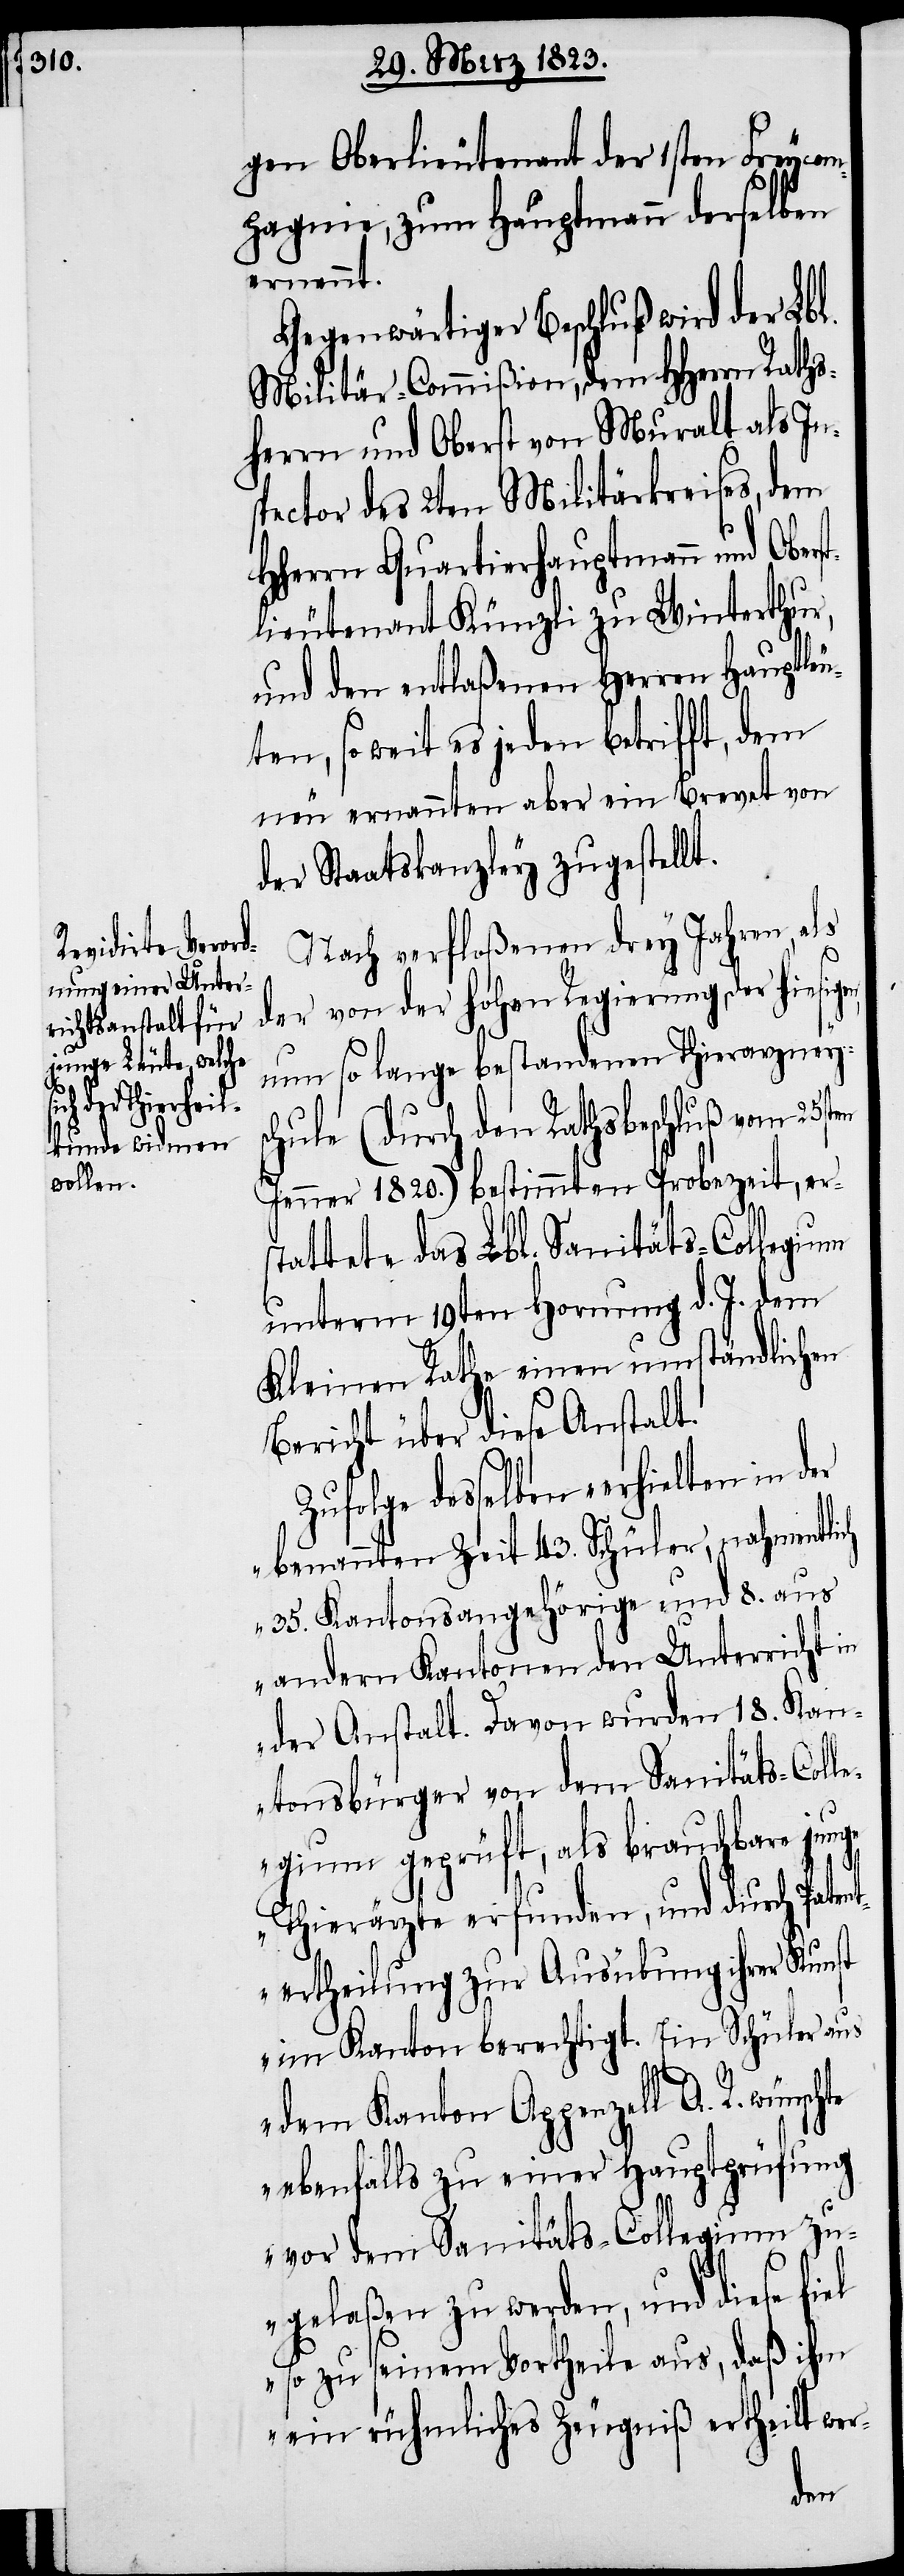
gen Oberlieutenant der 1sten Freycom¬
pagnie, zum Hauptmann derselben
ernennt.
Gegenwärtiger Beschluß wird der Lbl.
Militär-Commißion, dem HHerrn Raths¬
herrn und Oberst von Muralt als In¬
spector des 2ten Militärkreises, dem
Hherrn Quartierhauptmann und Ober¬
lieutenant Künzli zu Winterthur,
und den entlaßenen Herren Hauptleu¬
ten, so weit es jeden betrifft, dem
neu ernannten aber ein Brevet von
der Staatskanzley zugestellt.
Nach verfloßenen drey Jahren als
der von der hohen Regierung, der hiesig¬
um so lange bestandenen Thierarzneys¬
chule (durch den Rathsbeschluß vom 25st¬
Jenner 1820.) bestimmten Probezeit, ers¬
tattete das Lbl. Sanitäts-Collegium
unterm 19ten Hornung d. J. dem
Kleinen Rathe einen umständlichen
Bericht über diese Anstalt.
Zufolge desselben „erhielten in
benannten Zeit 43. Schüler, nahmentlich
35. Kantonsangehörige und 8. aus
andern Kantonen den Unterricht in
der Anstalt. Davon wurden 18. Kan¬
tonsbürger von dem Sanitäts-Col¬
legium geprüft, als brauchbare junge
Thierärzte erfunden, und durch Patent¬
ertheilung zur Ausübung ihrer Kunst
im Kanton berechtigt. Ein Schüler aus
dem Kanton Appenzell A. R. wünsc¬
ebenfalls zu einer Hauptprüfung
vor dem Sanitäts-Collegium zu¬
gelaßen zu werden, und diese fiel
so zu seinem Vortheile aus, daß ihm
ein rühmliches Zeugniß ertheilt wer-
hte